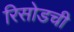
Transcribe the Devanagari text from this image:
रिसोडची